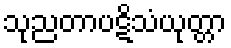
သုညတာပဋိသံယုတ္တာ